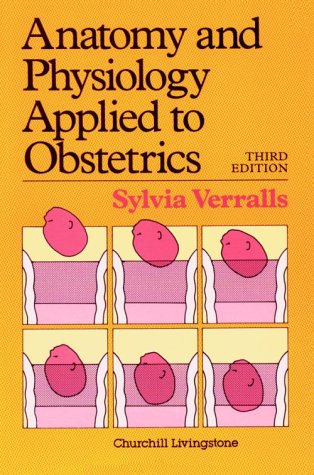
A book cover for Anatomy and Physiology Applied to Obstetrics, 3e; S. Verralls; Medical Books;